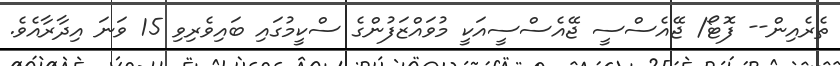
ތެރެއިން-- ފޮޓޯ/ ޖޭއެސްސީ ޖޭއެސްސީއަކީ މުވައްޒަފުންގެ ސްކީމުގައި ބައިވެރިވި 15 ވަނަ އިދާރާއެވެ.